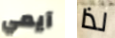
آيمي لذا